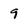
Character: 9